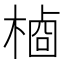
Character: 𬃺